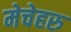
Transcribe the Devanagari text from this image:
मेचेहरु